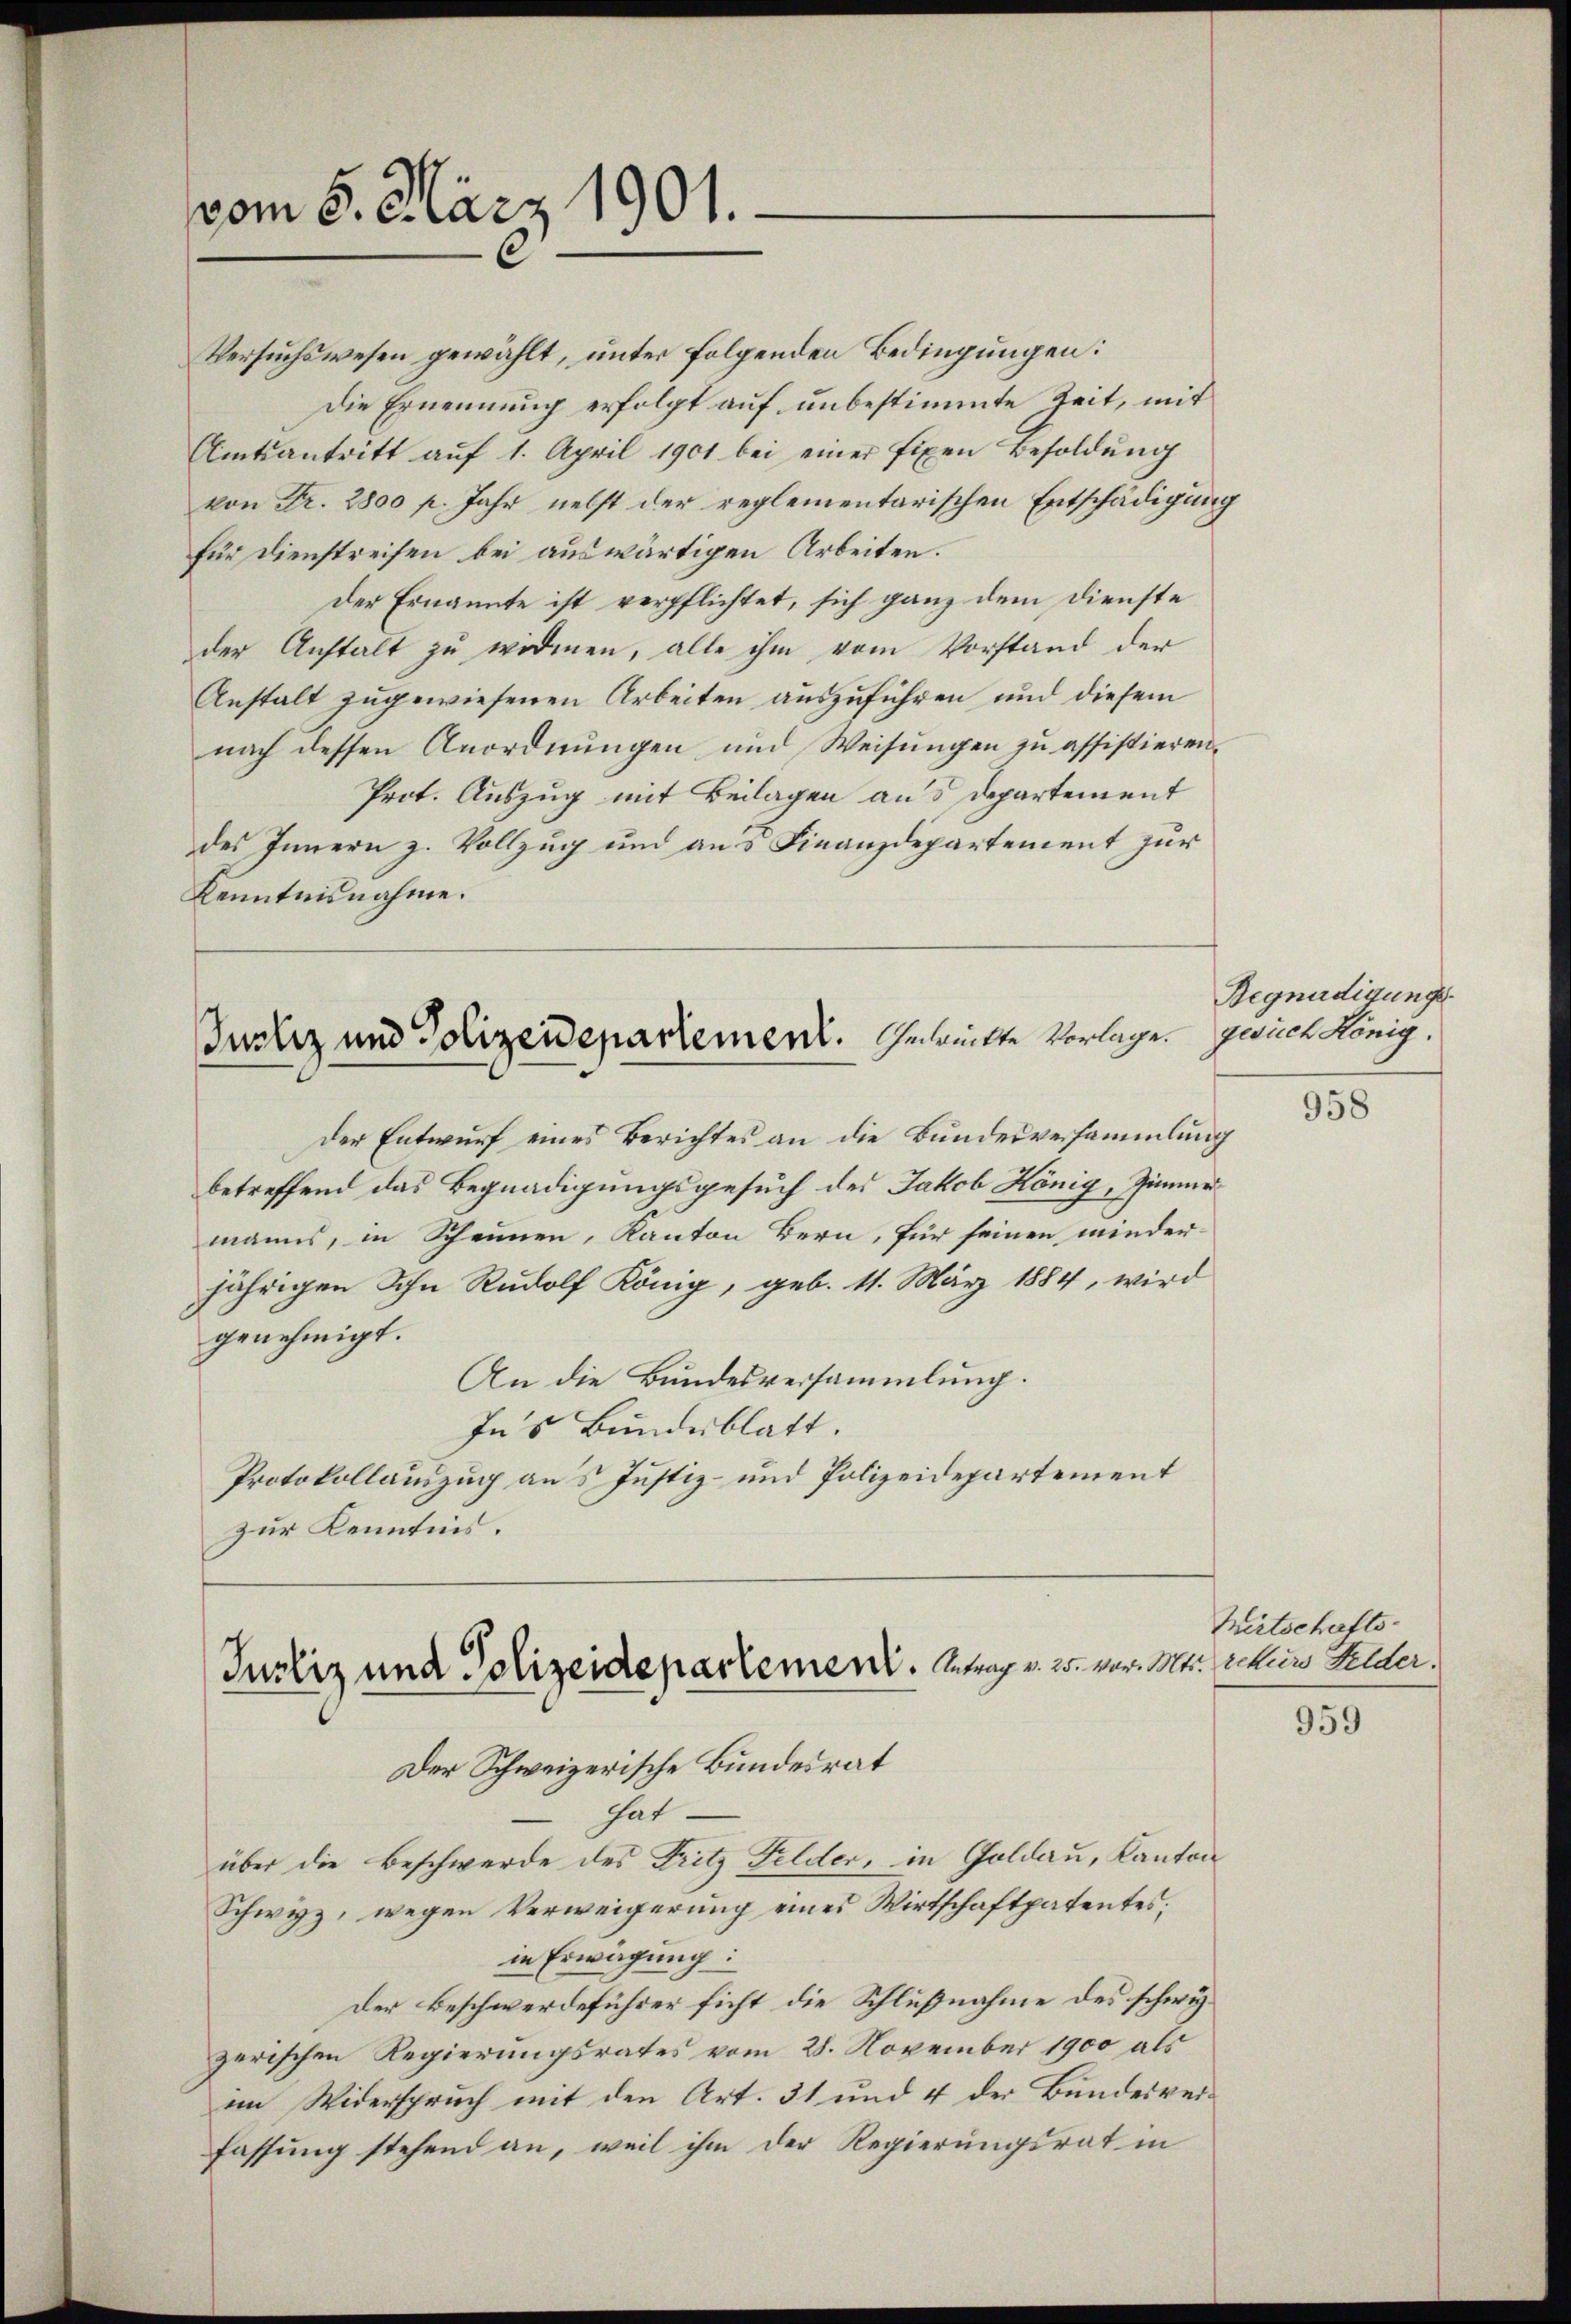
vom 5. März 1901.

Versuchswesen gewählt, unter folgenden Bedingungen:
Die Ernennung erfolgt auf unbestimmte Zeit, mit
Amtsantritt auf 1. April 1901 bei einer fixen Besoldung
von Fr. 2800 f. Jahr nebst der reglementarischen Entschädigung
für Dienstreifen bei auswärtigen Arbeiten.
der Ernannte ist verpflichtet, sich ganz dem Dienste
der Anstalt zu widmen, alle ihm vom Vorstand der
Anstalt zugewiesenen Arbeiten auszuführen und diesem
nach dessen Anordnungen und Weisŭngen zu assistieren.
Prot. Auszug mit Beilagen aus Departement
des Innern z. Vollzug und ans Finanzdepartement zur
Kenntnisnahme.

Justiz und Polizeidepartement. Gerückte Vorlage gerich König,

der Entwurf eines Berichtes an die Bundesversammlung
betreffend das Begnadigungsgesuch des Jakob König, Zimmer
manns, in Scheunen, Kanton Bern, für seinen minder-
jährigen Sohn Rudolf König, geb. 11. März 1884, wird
genehmigt.
An die Bundesversammlung.
In’s Bundesblatt.
Protokollauszug aus Justiz- und Polizeidepartement
zur Kenntnis.
Justiz und Polizeidepartement. Betrag v. 25. vor. Mts. Schein Felder.

Der Schweizerische Bundesrat
hat
über die Beschwerde des Fritz Felder, in Goldau, Kanton
Schwyz, wegen Verweigerung eines Wirtschaftspatentes;
in Erwägung:
Der Beschwerdeführer sicht die Schlußnahme des schweizerischen Regierungsrates vom 28. November 1900 als
im Widerspruch mit den Art. 31 und 4 der Bundesverfassung stehend an, weil ihm der Regierungsrat in

Begnadigungs¬

958

Wirtschafts-

959